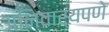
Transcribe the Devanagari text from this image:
अनिवार्यपणे